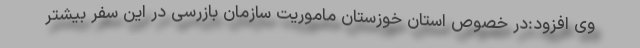
وی افزود:در خصوص استان خوزستان ماموریت سازمان بازرسی در این سفر بیشتر